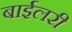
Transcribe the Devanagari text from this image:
बाईलरी